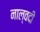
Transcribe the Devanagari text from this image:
नाल्वदी